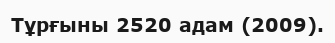
Тұрғыны 2520 адам (2009).